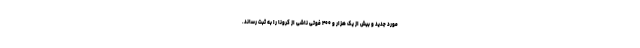
مورد جدید و بیش از یک هزار و ۴۰۰ فوتی ناشی از کرونا را به ثبت رساند.